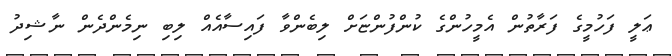
ޢަލީ ފަހުމީގެ ފަރާތުން އެމީހުންގެ ކުންފުންޏަށް ލިބެންވާ ފައިސާއެއް ލިބި ނިމެންދެން ނާޝިދު